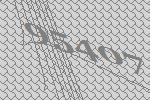
95407